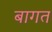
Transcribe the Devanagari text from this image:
बागत